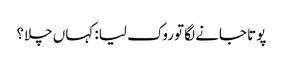
پوتا جانے لگا توروک لیا: کہاں چلا؟